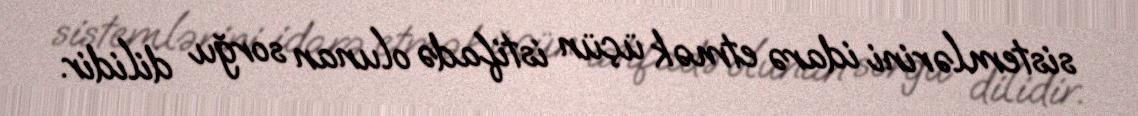
sistemlərini idarə etmək üçün istifadə olunan sorğu dilidir.